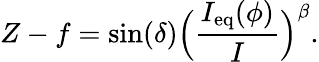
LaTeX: Z-f=\sin(\delta)\Big(\frac{I_{\mathrm{eq}}(\phi)}{I}\Big)^{\beta}.